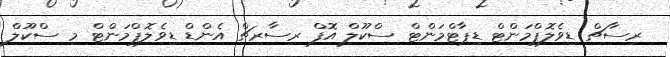
ރިސާޗް ޑިވެލޮޕްމަންޓް ޑިޕާޓްމަންޓް ސްކޫލް އޮފް ރިސާރޗް އެންޑް ޑިވެލޮޕްމަންޓް މި ސްކޫލް